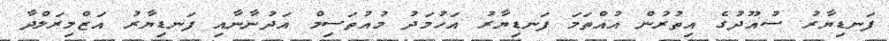
ފަނޑިޔާރު ސުއޫދުގެ އިތުރުން އުއްތަމަ ފަނޑިޔާރު އަހުމަދު މުއުތަސިމް އަދުނާނާއި ފަނޑިޔާރު އަޒްމިރަލްދާ